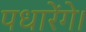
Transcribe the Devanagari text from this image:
पधारेंगे।